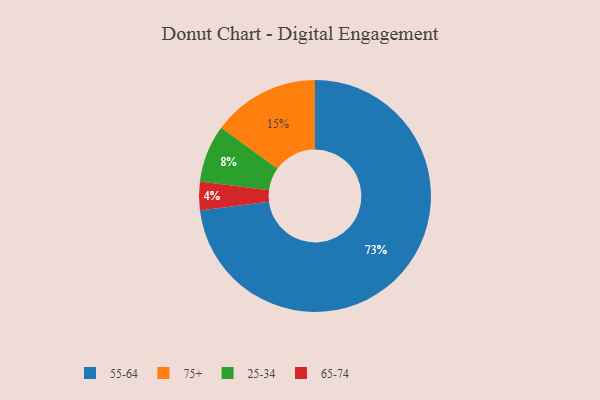
{"axis": {"x": "Category", "y": "Percentage"}, "legend": ["25-34", "55-64", "65-74", "75+"], "data": [{"x": "75+", "y": 15, "type": "75+"}, {"x": "25-34", "y": 8, "type": "25-34"}, {"x": "55-64", "y": 73, "type": "55-64"}, {"x": "65-74", "y": 4, "type": "65-74"}]}